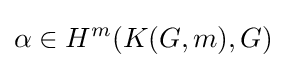
\alpha \in H^{m}(K(G,m),G)